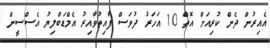
އެއިރުން ދެން ކުރިއަށް އޮތް 10 އަހަރު ދުވަސް ފާއިތުވާއިރު އެމްޑަބްލިޔު އެސްސީން